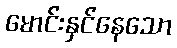
မောင်းနှင်နေသော